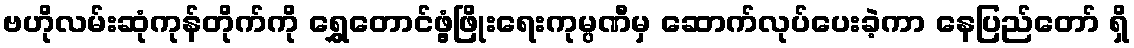
ဗဟိုလမ်းဆုံကုန်တိုက်ကို ရွှေတောင်ဖွံ့ဖြိုးရေးကုမ္ပဏီမှ ဆောက်လုပ်ပေးခဲ့ကာ နေပြည်တော် ရှိ